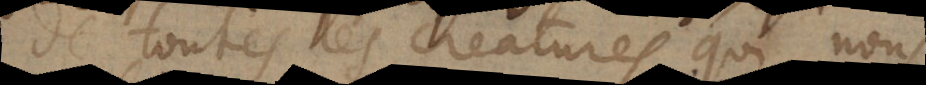
de toutes les creatures qui nous